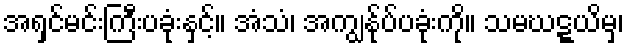
အရှင်မင်းကြီးပခုံးနှင့်။ အံသံ၊ အကျွန်ုပ်ပခုံးကို။ သမဃဋ္ဋယိမှ၊